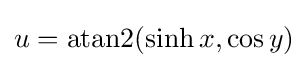
{\textstyle u=\operatorname {atan2} (\sinh x,\cos y)}